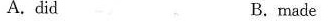
A.did B.made